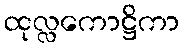
ထုလ္လကောဋ္ဌိကာ